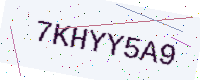
Text: 7KHYY5A9